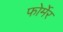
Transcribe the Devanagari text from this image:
फोर्मेर